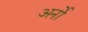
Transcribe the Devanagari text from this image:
अर्नो